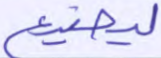
ليضيع